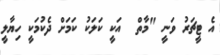
އެ ޓީޗަރު ވަނީ "މާތް  އަކީ ކަލަކު ކަމަށް ދެކުމަކީ ހިޔާލީ